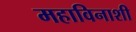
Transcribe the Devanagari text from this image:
महाविनाशी